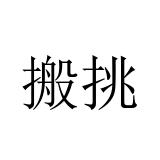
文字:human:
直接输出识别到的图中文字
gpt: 搬挑